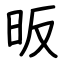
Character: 昄